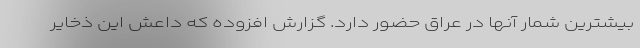
بیشترین شمار آنها در عراق حضور دارد. گزارش افزوده که داعش این ذخایر